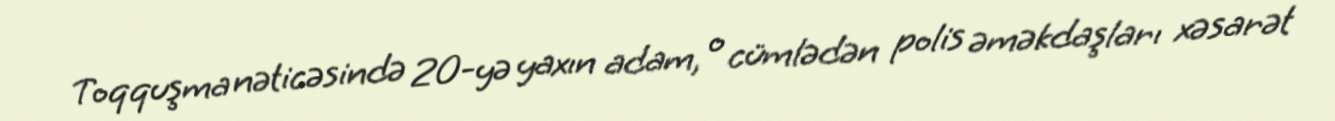
Toqquşma nəticəsində 20-yə yaxın adam, o cümlədən polis əməkdaşları xəsarət